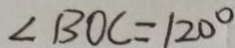
\angle B O C = 1 2 0 ^ { \circ }